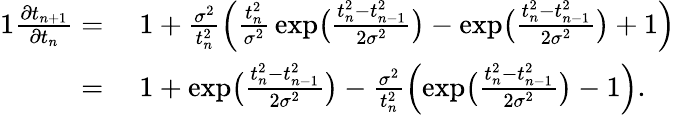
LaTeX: \begin{array}{rl}{{1}\frac{\partial t_{n+1}}{\partial t_{n}}=\; }&{1+\frac{\sigma^{2}}{t_{n}^{2}}\Big(\frac{t_{n}^{2}}{\sigma^{2}}\, \mathrm{exp}\big({\frac{t_{n}^{2}-t_{n-1}^{2}}{2\sigma^{2}}}\big)-\mathrm{exp}\big({\frac{t_{n}^{2}-t_{n-1}^{2}}{2\sigma^{2}}}\big)+1\Big)}\\ {=\; }&{1+\mathrm{exp}\big({\frac{t_{n}^{2}-t_{n-1}^{2}}{2\sigma^{2}}}\big)-\frac{\sigma^{2}}{t_{n}^{2}}\Big(\mathrm{exp}\big({\frac{t_{n}^{2}-t_{n-1}^{2}}{2\sigma^{2}}}\big)-1\Big).}\end{array}